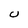
Character: U